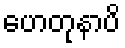
ဟေတုနာပိ